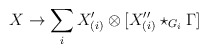
\begin{align*}X\to \sum_i X^\prime_{(i)}\otimes[X^{\prime\prime}_{(i)}\star_{G_i}\Gamma]\end{align*}